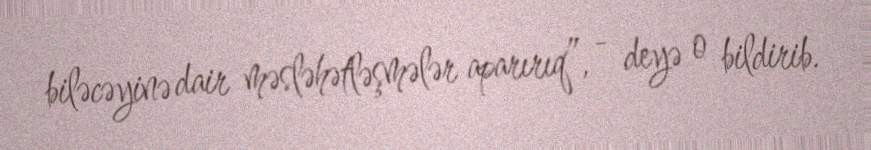
biləcəyinə dair məsləhətləşmələr aparırıq”, - deyə o bildirib.